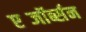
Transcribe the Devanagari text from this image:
एब्जॉर्ब्सन